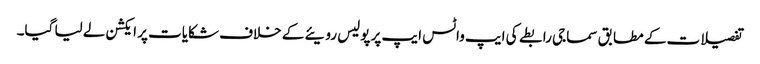
تفصیلات کے مطابق سماجی رابطے کی ایپ واٹس ایپ پر پولیس رویئے کے خلاف شکایات پر ایکشن لے لیا گیا۔